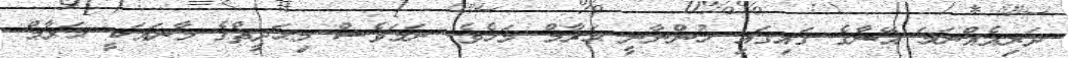
ދަރިއެއްނަމަ އޭނާގެ ގައިގައި ހުންނާނީ ޙަރާމް މަހެވެ. ނަމަވެސް މިޙަދީޘްގެ މާނައަކީ ޙަރާމް